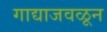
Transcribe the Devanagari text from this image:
गाद्याजवळून